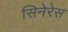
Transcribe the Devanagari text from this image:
सिनेरेस